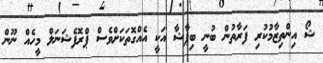
ޝޯ އިންތިޒާމުކުރި ފަރާތުން ބުނީ ބިޕާޝާ އަކީ އެއްގޮތަކަށްވެސް ޕްރޮފެޝަނަލް މީހެއް ނޫން